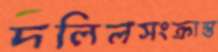
দলিলসংক্রান্ত